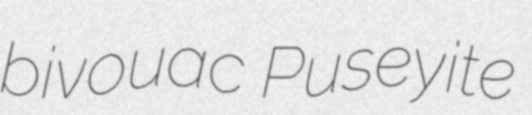
bivouac Puseyite